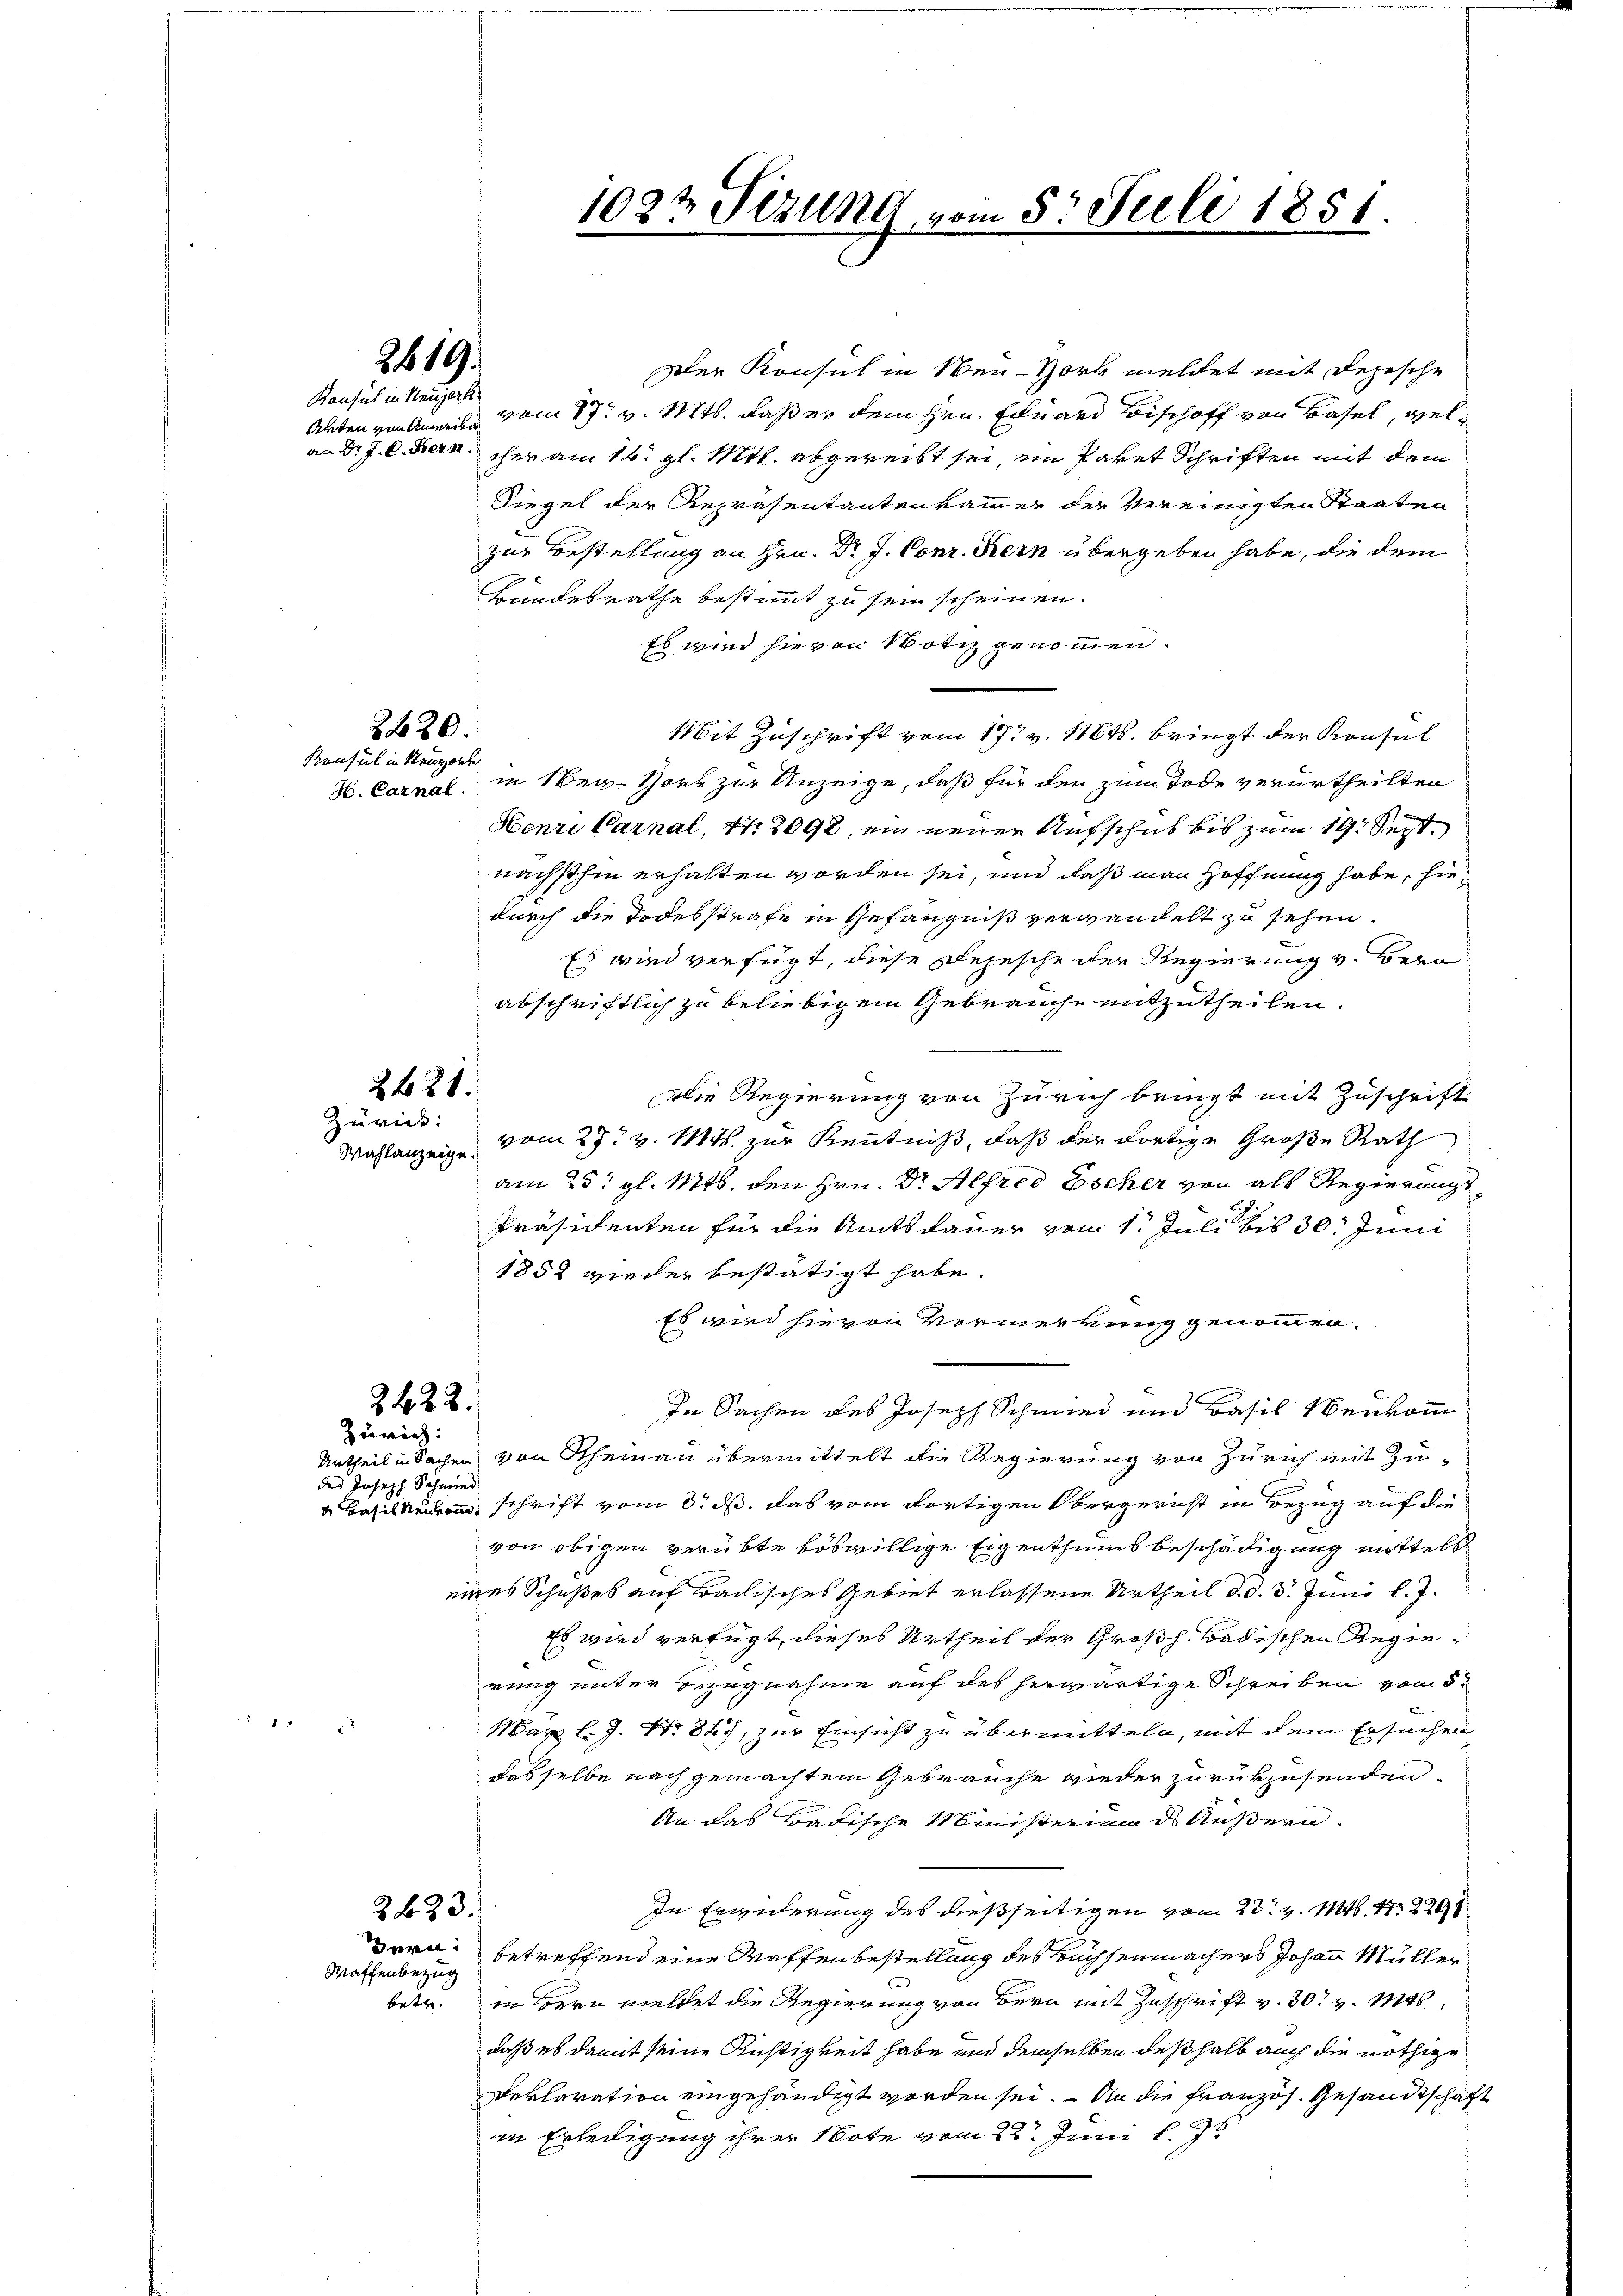
Konsul in Neuzerk
an Dr. J. C. Fern

2420.
Konsul in Neuporte

2421.
Zürich:

des Joseph Schmied

2419.

Der Konsul in Neu-Hork meldet mit Depesche
Alten von Amise vom 17. v. Mts. daß er dem Hrn. Eduard Bischoff von Basel, welcher am 14. gl. Mtt. abgereist sei, im Paket Schriften mit dem
Siegel der Repräsentantenkammer der Vereinigten Staaten
zur Bestellung an Hrn. Dr J. Conz. Kern übergeben habe, die dem
Bundesrathe bestimmt zu sein scheinen.
Es wird hievon Notiz genommen.
Mit Zuschrift vom 19t v. 1184. bringt der Konsul
H. Carnal, in Weg- Hoer zur Anzeige, daß für den zum Tode verurtheilten
Henri Carnal, Nr. 8098, ein neuer Aufschub bis zum 19. Sept.
nächsthin erhalten worden sei, und daß man Hoffnung habe, hiedurch die Todesstrafe in Gefängniß verwandelt zu sehen.
Es wird verfügt, diese Depesche der Regierung v. Bern
abschriftlich zu beliebigem Gebrauche mitzutheilen.
Die Regierung von Zürich bringt mit Zuschrift
Wahlanzeige vom 27. v. Mts. zur Kenntniß, daß der dortige Große Rath
am 25. gl. Mts. den Hrn. Dr Alfred Escher von als Regierungs¬
Präsidenten für die Amtsdauer vom 1. Juli bis 30. Juni
1858 wieder bestätigt habe.
Es wird hievon Vormerkung genommen.
In Sachen des Joseph Schmied und Basil Neukomm
Urtheil in Sachen von Rheinau übermittelt die Regierung von Zürich mit Zu¬
 Basel schrift vom 8. ds. das vom dortigen Obergericht in Bezug auf die
von obigen verübte böswillige Eigenthums beschädigung mittels
eines Schußes auf Badisches Gebiet erlassene Urtheil d. d. 3. Juni l. J.
Es wird verfügt, dieses Urtheil der Großh. Badischen Regierung unter Bezugnahme auf des herwärtige Schreiben vom 5.
Marz l. 9. No 847, zur Einsicht zu übermitteln, mit dem Ersuchen
dasselbe nach gemachtem Gebrauche wieder zurükzusenden.
An das Badische Ministerium des Äußern.
In Erwiderung des dießseitigen vom 23. v. 148. 47. 2291
Bern betreffend eine Waffenbestellung des Buchsenmachers Johann Müller
betr. in Bern meldet die Regierung von Bern mit Zuschrift v. 30. v. Mts.,
daß es damit seine Richtigkeit habe und demselben deßhalb auch die nöthige
Deklaration eingehändigt worden sei. — An die französ. Gesandtschafin Erledigung ihrer Note vom 22. Juni l. Js

2422.
Zürich:

2433.
Waffenbezug

1022 Sezung vom 5. Juli 1851.

2